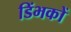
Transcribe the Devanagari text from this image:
डिंभकों